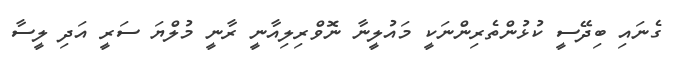
ގެނައި ބިދޭސީ ކުޅުންތެރިންނަކީ މައުލީނާ ނޮވްރިލިއާނީ ރާނީ މުލްޔަ ސަރީ އަދި ލީސާ